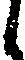
し